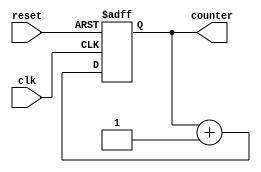
`timescale 1ns / 1ps
//////////////////////////////////////////////////////////////////////////////////
// Company: 
// Engineer: 
// 
// Design Name: 
// Module Name: up_counter
// Project Name: 
// Target Devices: 
// Tool Versions: 
// Description: 
// 
// Dependencies: 
// 
// Revision:
// Revision 0.01 - File Created
// Additional Comments:
// 
//////////////////////////////////////////////////////////////////////////////////


module up_counter(clk,reset,counter);

        input clk,reset;
        output reg [3:0] counter;
        
        always@(posedge clk or posedge reset)
        begin
            if(reset)
                counter <= 4'd0;
            else
                counter <= counter + 4'd1;
         end       
                            
endmodule